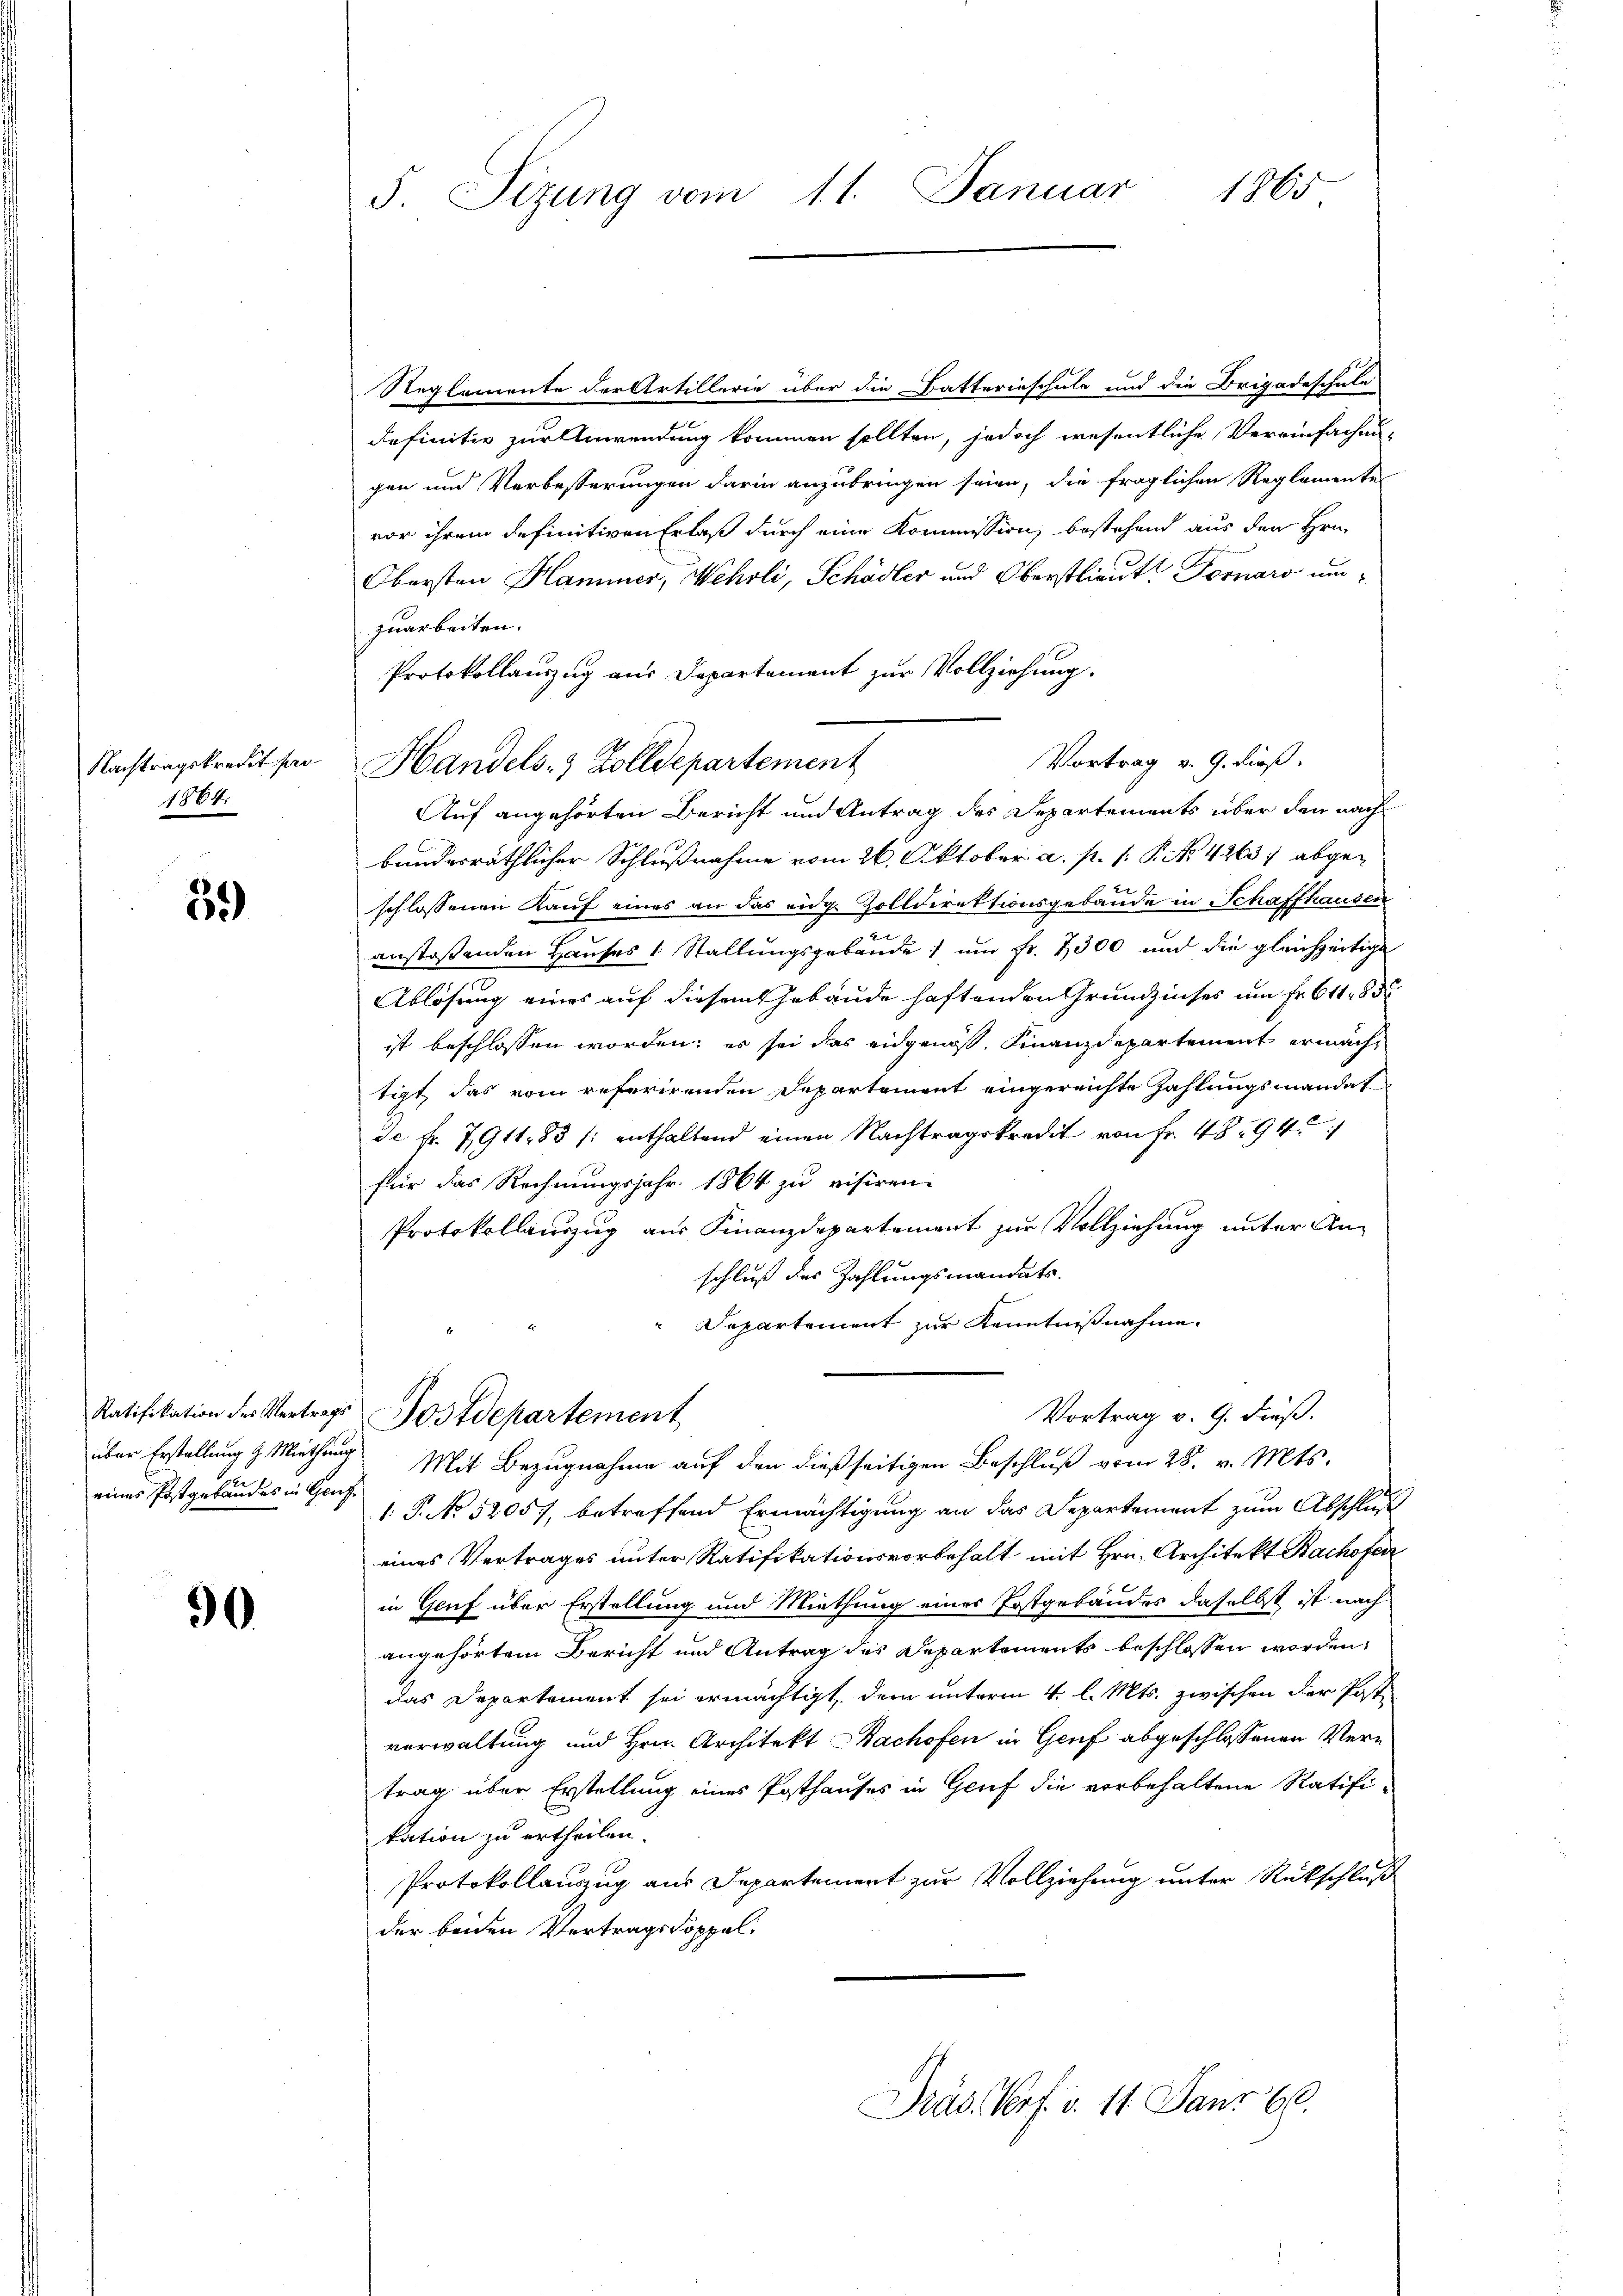
Nachtragskredit par
1884.

59)

30

eines Postgebäudes in Genf

Reglemente der Artillerie über die Batterinschule und die Brigadeschule
definitiv zur Anwendung kommen sollten, jedoch wesentliche Vereinfachen-
gen und Verbesserungen darin anzubringen seien, die fraglichen Reglemente
vor ihrem definitiven Erlaß durch eine Kommission bestehend aus den Hrn.
Obersten Hammer, Wehrli, Schädler und Oberstlieute Fornaro um
zuarbeiten.
Protokollauszug aus Departement zur Vollziehung.
Auf angehörten Bericht und Antrag des Departements über den nach
bunderräthlicher Schlußnahme vom 26. Oktober a. p. 1. P. No. 4263/ abgeschlossenen Kauf eines an das eidg. Zolldirektionsgebäude in Schaffhausen
.
anstoßenden Hauses 1 Stallungsgebäude um Fr. 2300 und die gleichzeitige
Ablösung eines auf diesem Gebäude haftenden Grundzinses um Fr. 61183
ist beschlossen worden; es sei das eidgenoß, Finanzdepartement ermache
tigt das vom referirenden Departement eingereichte Zahlungsmandat
de fr. 7911. 83 (: enthaltend einen Nachtragskredit von Fr. 4894
für das Rechnungsjahr 1864 zu visiren.
Protokollauszug aus Finanzdepartement zur Vollziehung unter An-
schluß des Zahlungsmandats
Departement zur Kenntnißnahme.
Vortrag v. 9. dieß.
Ratifikation der Vertrags Postdepartement
über Erstellung & Miethung Mit Bezugnahme auf den dießseitigen Beschluß vom 28. v. Mts.
1.P. No 5205, betreffend Ermächtigung an das Departement zum Abschluß
eines Vertrages unter Ratifikationsvorbehalt mit Hrn. Architekt Bachofen
in Gruf über Erstellung und Miethung einer Postgebäudes daselbst ist nach
angehörtem Bericht und Antrag des Departements beschlossen worden,
das Departement sei ermächtigt, dem unterm 4. l. Mts. zwischen der Poste
verwaltung und Hrn. Architekt Bachofen in Genf abgeschlossenen Vertrag über Erstellung eines Posthauses in Genf die vorbehaltene Ratifikation zu ertheilen.
Protokollauszug aus Departement zur Vollziehung unter Rückschluß
der beiden Vertragsdoppel¬
Präs. Verf. v. 11. Janr 68.

F. Sizung vom 11. Januar 1865

Vortrag v. 9. dieß.
Handels- & Zolldepartement